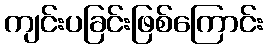
ကျင်းပခြင်းဖြစ်ကြောင်း